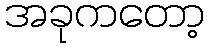
အခုကတော့